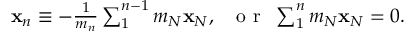
\begin{array} { r } { { \bf x } _ { n } \equiv - \frac { 1 } { m _ { n } } \sum _ { 1 } ^ { n - 1 } m _ { N } { \bf x } _ { N } , ~ ~ \mathrm { ~ o ~ r ~ } ~ \sum _ { 1 } ^ { n } m _ { N } { \bf x } _ { N } = 0 . } \end{array}